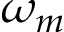
\omega _ { m }